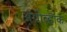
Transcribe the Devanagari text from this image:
ॲग्रोव्हॉक